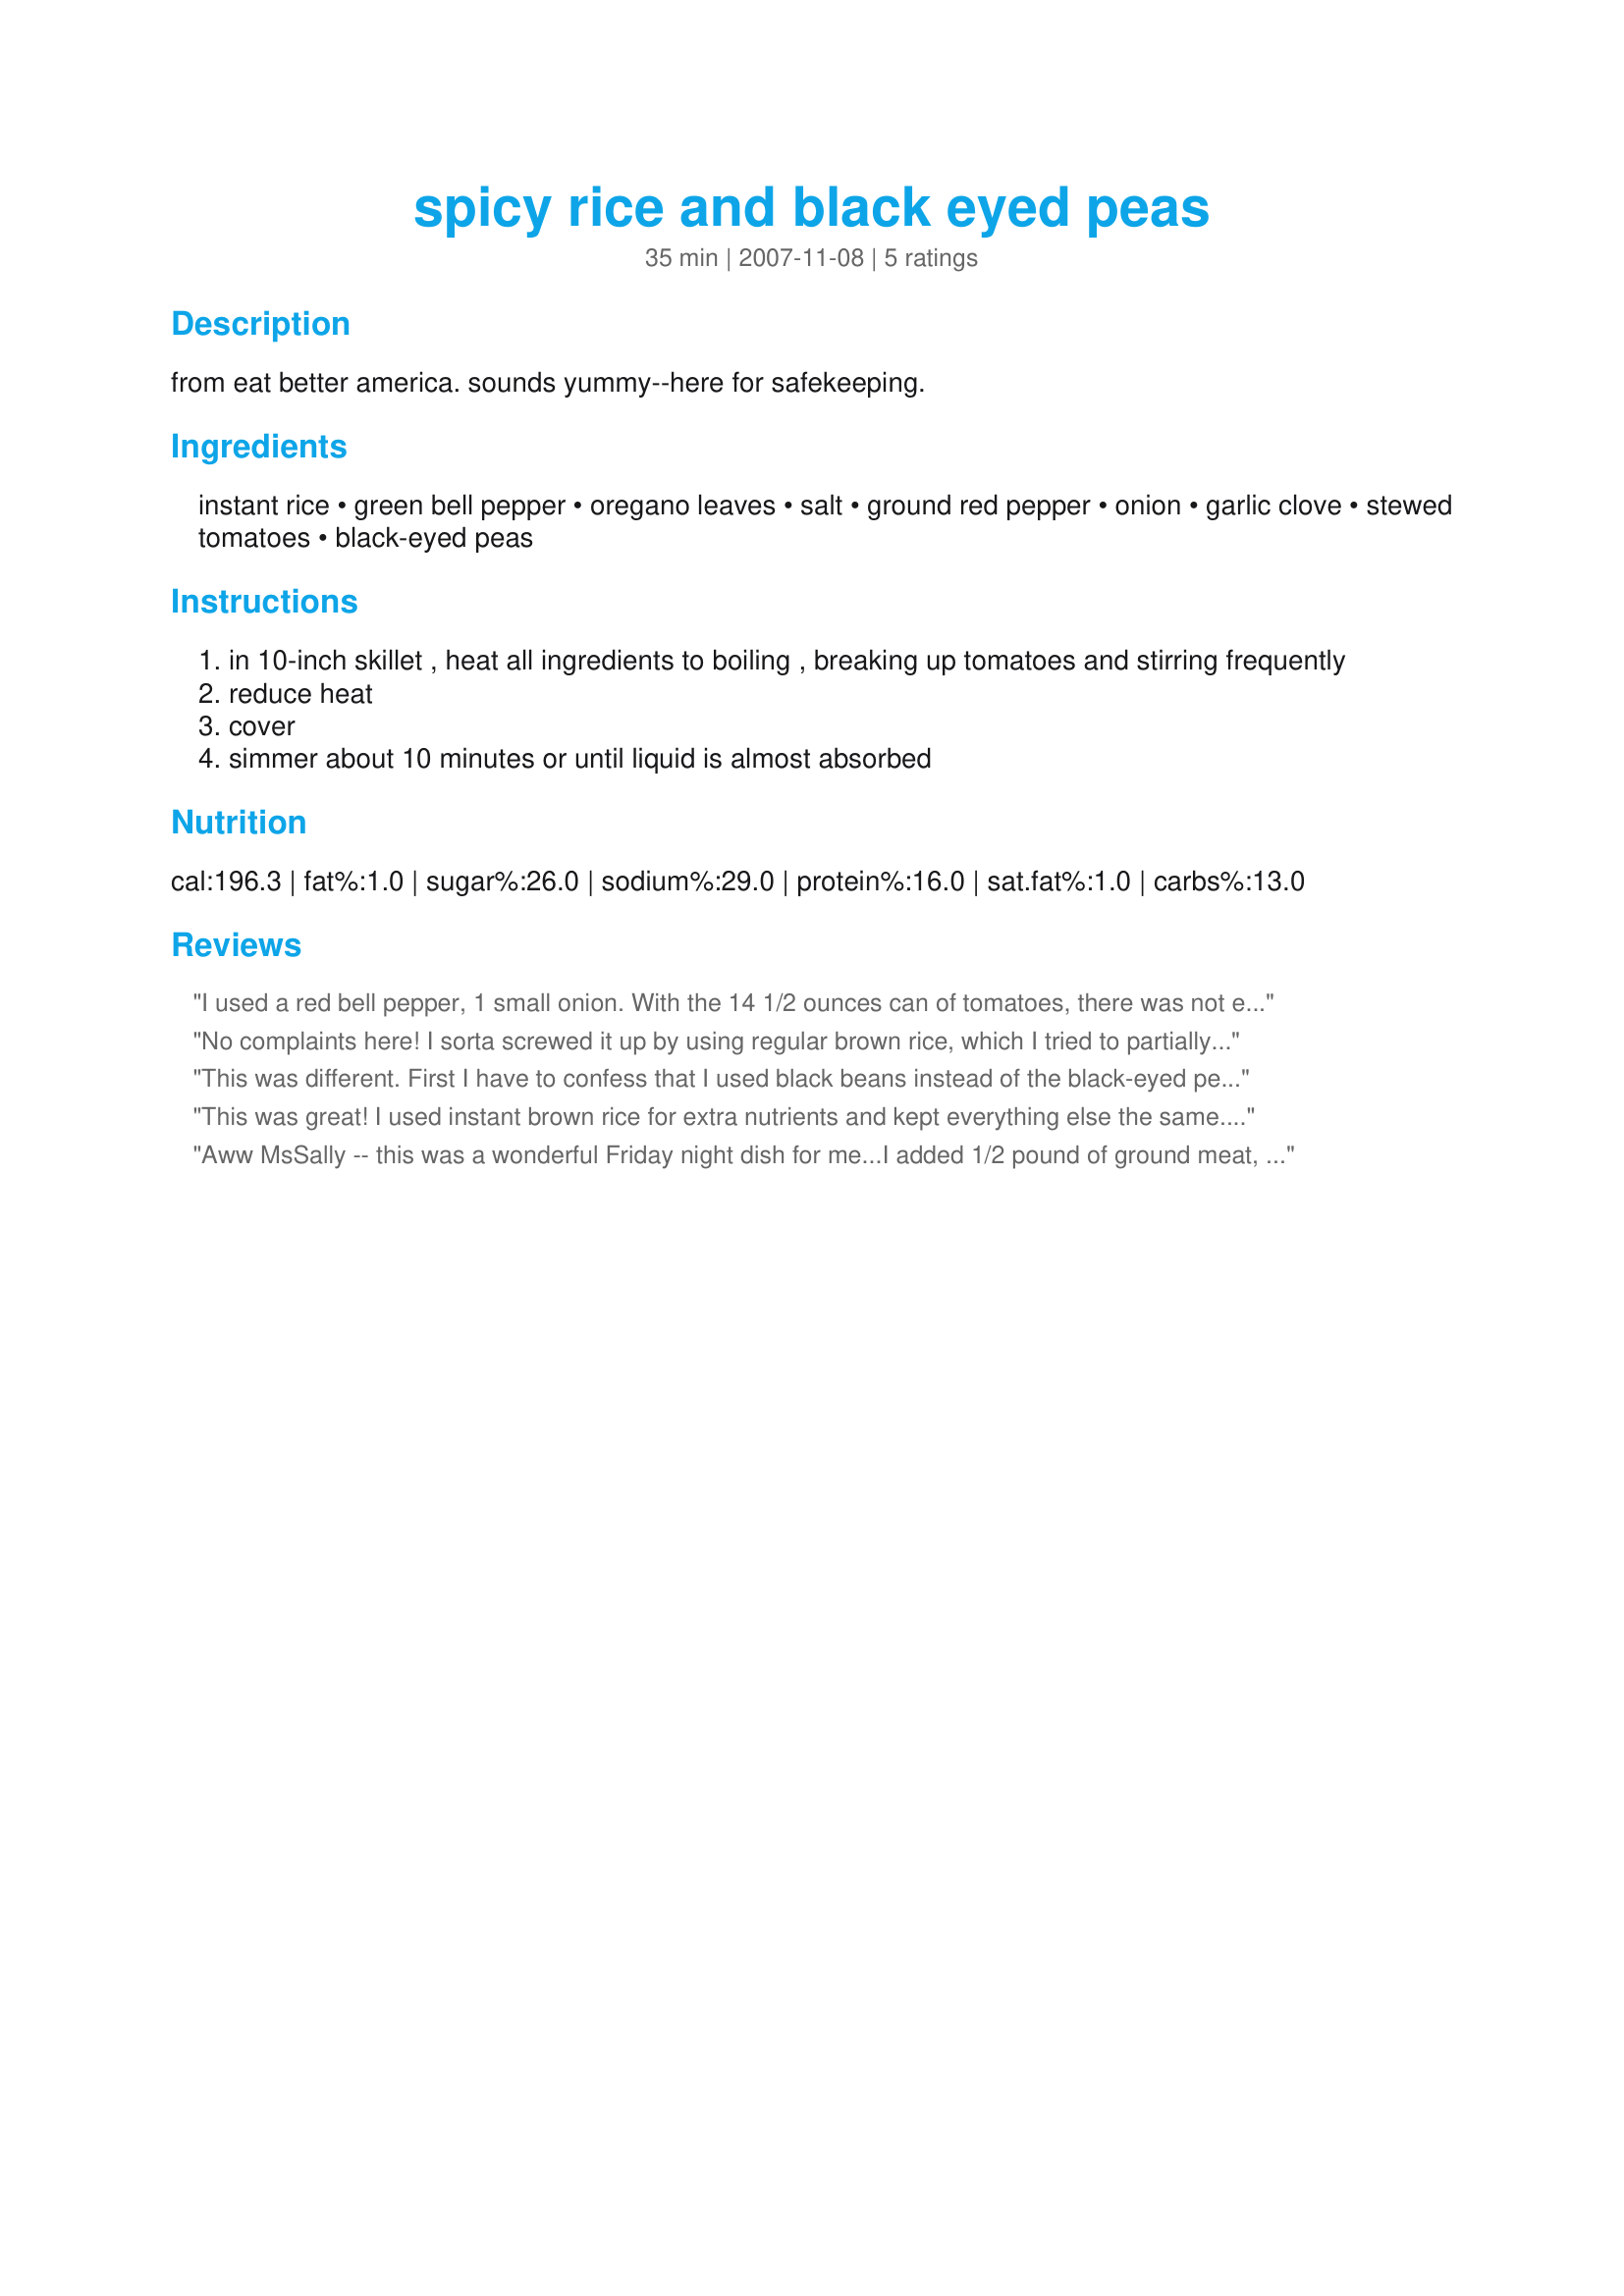
spicy rice and black eyed peas
Preparation time: 35 minutes

from eat better america. sounds yummy--here for safekeeping.

Ingredients:
instant rice, green bell pepper, oregano leaves, salt, ground red pepper, onion, garlic clove, stewed tomatoes, black-eyed peas

Steps:
in 10-inch skillet , heat all ingredients to boiling , breaking up tomatoes and stirring frequently
reduce heat
cover
simmer about 10 minutes or until liquid is almost absorbed

Reviews:
I used a red bell pepper, 1 small onion. With the 14 1/2 ounces can of tomatoes, there was not enough liquid. So I added more tomatoes. But even with that, we didn't like the taste. Maybe it would be better to cook the pepper, onion, garlic and then after add the other ingredients. This would add more taste. Thanks MsSally. Made for Market tag.
No complaints here! I sorta screwed it up by using regular brown rice, which I tried to partially cook before adding the rest. So it was my own fault that it had to cook a lot longer, but still this was very easy and tasty, with lots of salad. May I add that I used 3 large cloves of garlic?!!! Heehee. made for Holiday tag.
This was different. First I have to confess that I used black beans instead of the black-eyed peas because when I saw the work black, I grabbed and didn't notice that it was beans instead of the peas until I opened the can. (Can you tell I don't pay attention sometimes) Anyway, I thought the black beans worked really well in this dish. My problem with it is the cooking time and the amount of liquid. I did not have enough liquid to bring to a boil and didn't feel I had enough to cook the rice properly, so I added 1/2 cup of water and that seemed to work well. After 10 minutes the onions were not cooked, so cooked about 7 minutes longer and they were fine. But the rice was a little mushy. So I think I'll cook the onions before I add them to the mixture to solve the problem for US. The flavors were great. Thanks
This was great! I used instant brown rice for extra nutrients and kept everything else the same. Even dh liked it and he doesn't like peas/beans! Thanks, MsSally!
Aww MsSally -- this was a wonderful Friday night dish for me...I added 1/2 pound of ground meat, and used long-cooking rice and frozen BEpeas with snaps. It was very quick and easy to put together, and the flavors were delish. I let it simmer for 45 minutes to let the rice get done (and I used the amount of liquid called for to cook the rice), and I think that let the flavors really come out. DH got home late, had already had dinner, but had a GIANT bowl of this too. We really loved it. Thanks for a great recipe. Made and reviewed for FOOTBALL POOL 2008, MsSally's week #4 win. This goes in the KEEPER cookbook :)
